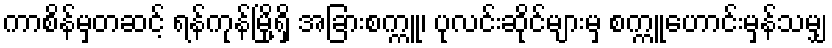
ကာစိန်မှတဆင့် ရန်ကုန်မြို့ရှိ အခြားစက္ကူ၊ ပုလင်းဆိုင်များမှ စက္ကူဟောင်းမှန်သမျှ